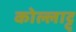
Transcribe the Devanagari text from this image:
कोल्लाट्टू